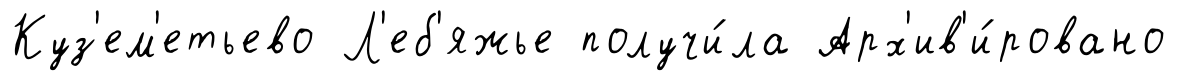
Куз'ем'етьево Л'еб'яжье получи́ла Арх'ив'и́ровано